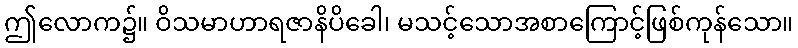
ဤလောက၌။ ဝိသမာဟာရဇာနိပိခေါ၊ မသင့်သောအစာကြောင့်ဖြစ်ကုန်သော။